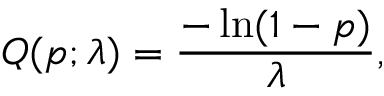
Q ( p ; \lambda ) = { \frac { - \ln ( 1 - p ) } { \lambda } } ,